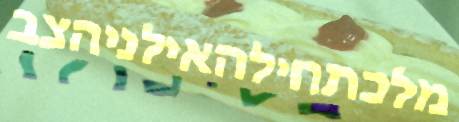
מלכתחילהאילניהצב